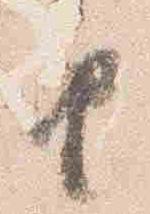
由